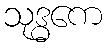
သုဒ္ဓကေ